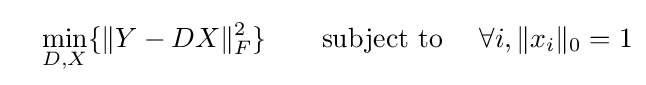
\quad \min \limits _{D,X}\{\|Y-DX\|_{F}^{2}\}\qquad {\text{subject to }}\quad \forall i,\|x_{i}\|_{0}=1